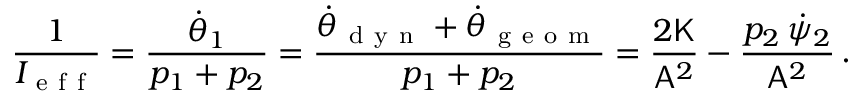
\frac { 1 } { I _ { \mathrm { ~ e ~ f ~ f ~ } } } = \frac { \dot { \theta } _ { 1 } } { p _ { 1 } + p _ { 2 } } = \frac { \dot { \theta } _ { \mathrm { ~ d ~ y ~ n ~ } } + \dot { \theta } _ { \mathrm { ~ g ~ e ~ o ~ m ~ } } } { p _ { 1 } + p _ { 2 } } = \frac { 2 \mathsf { K } } { \mathsf { A } ^ { 2 } } - \frac { p _ { 2 } \, \dot { \psi } _ { 2 } } { \mathsf { A } ^ { 2 } } \, .